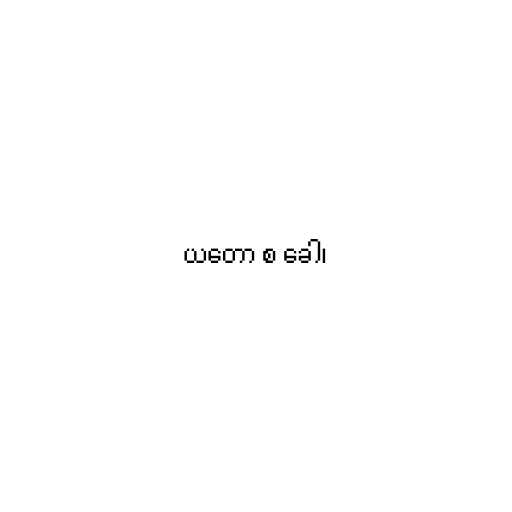
ယတော စ ခေါ၊